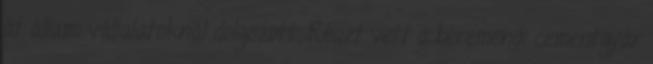
át állami vállalatoknál dolgozott. Részt vett a beremendi cementgyár